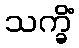
သက္ခိံ